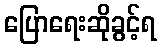
ပြောရေးဆိုခွင့်ရ